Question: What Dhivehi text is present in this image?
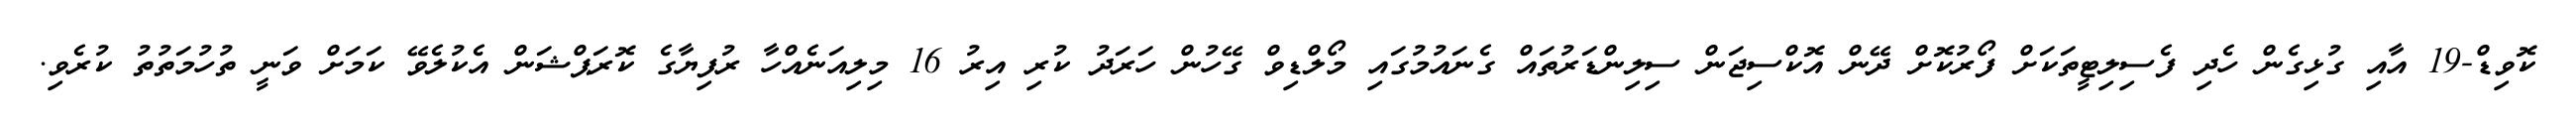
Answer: ކޮވިޑް-19 އާއި ގުޅިގެން ހެދި ފެސިލިޓީތަކަށް ފޯރުކޮށް ދޭން އޮކްސިޖަން ސިލިންޑަރުތައް ގެނައުމުގައި މޯލްޑިވް ގޭހުން ހަރަދު ކުރި އިރު 16 މިލިއަނެއްހާ ރުފިޔާގެ ކޮރަޕްޝަން އެކުލެވޭ ކަމަށް ވަނީ ތުހުމަތުތު ކުރެވި.